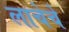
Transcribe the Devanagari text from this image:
लाचेचे